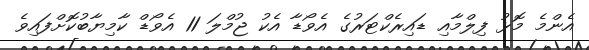
އެންމެ މޮޅު ފިލްމާއި ޑައިރެކްޓަރުގެ އެވޯޑާ އެކު ޖުމްލަ 11 އެވޯޑް ކާމިޔާބުކޮށްފައިވެ